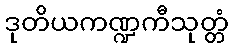
ဒုတိယကဏ္ဍကီသုတ္တံ